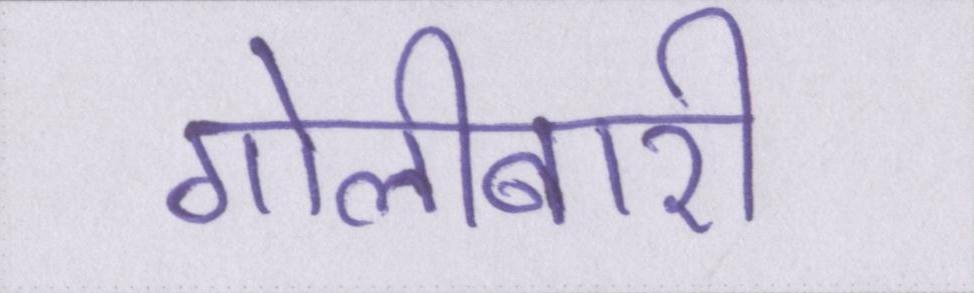
गोलीबारी